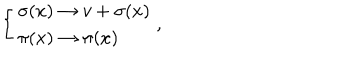
\left\{ \begin{array} { l l } { { \sigma ( x ) \rightarrow v + \sigma ( x ) } } \\ { { \pi ( x ) \rightarrow \pi ( x ) } } \\ \end{array} \right. ,